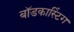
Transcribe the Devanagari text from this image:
बॉडकास्टिंग